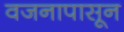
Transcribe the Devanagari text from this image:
वजनापासून